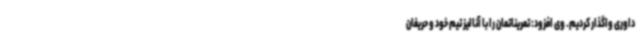
داوری واگذار کردیم. وی افزود: تمریناتمان را با آنالیز تیم خود و حریفان